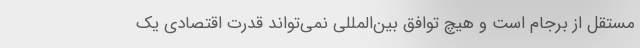
مستقل از برجام است و هیچ توافق بین‌المللی نمی‌تواند قدرت اقتصادی یک